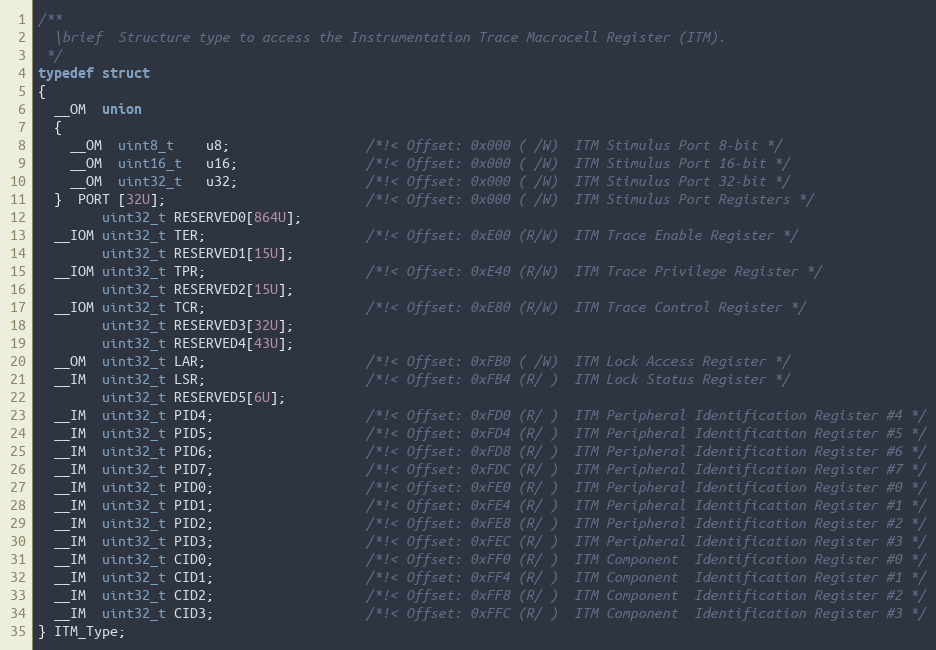
Language: C
/**
  \brief  Structure type to access the Instrumentation Trace Macrocell Register (ITM).
 */
typedef struct
{
  __OM  union
  {
    __OM  uint8_t    u8;                 /*!< Offset: 0x000 ( /W)  ITM Stimulus Port 8-bit */
    __OM  uint16_t   u16;                /*!< Offset: 0x000 ( /W)  ITM Stimulus Port 16-bit */
    __OM  uint32_t   u32;                /*!< Offset: 0x000 ( /W)  ITM Stimulus Port 32-bit */
  }  PORT [32U];                         /*!< Offset: 0x000 ( /W)  ITM Stimulus Port Registers */
        uint32_t RESERVED0[864U];
  __IOM uint32_t TER;                    /*!< Offset: 0xE00 (R/W)  ITM Trace Enable Register */
        uint32_t RESERVED1[15U];
  __IOM uint32_t TPR;                    /*!< Offset: 0xE40 (R/W)  ITM Trace Privilege Register */
        uint32_t RESERVED2[15U];
  __IOM uint32_t TCR;                    /*!< Offset: 0xE80 (R/W)  ITM Trace Control Register */
        uint32_t RESERVED3[32U];
        uint32_t RESERVED4[43U];
  __OM  uint32_t LAR;                    /*!< Offset: 0xFB0 ( /W)  ITM Lock Access Register */
  __IM  uint32_t LSR;                    /*!< Offset: 0xFB4 (R/ )  ITM Lock Status Register */
        uint32_t RESERVED5[6U];
  __IM  uint32_t PID4;                   /*!< Offset: 0xFD0 (R/ )  ITM Peripheral Identification Register #4 */
  __IM  uint32_t PID5;                   /*!< Offset: 0xFD4 (R/ )  ITM Peripheral Identification Register #5 */
  __IM  uint32_t PID6;                   /*!< Offset: 0xFD8 (R/ )  ITM Peripheral Identification Register #6 */
  __IM  uint32_t PID7;                   /*!< Offset: 0xFDC (R/ )  ITM Peripheral Identification Register #7 */
  __IM  uint32_t PID0;                   /*!< Offset: 0xFE0 (R/ )  ITM Peripheral Identification Register #0 */
  __IM  uint32_t PID1;                   /*!< Offset: 0xFE4 (R/ )  ITM Peripheral Identification Register #1 */
  __IM  uint32_t PID2;                   /*!< Offset: 0xFE8 (R/ )  ITM Peripheral Identification Register #2 */
  __IM  uint32_t PID3;                   /*!< Offset: 0xFEC (R/ )  ITM Peripheral Identification Register #3 */
  __IM  uint32_t CID0;                   /*!< Offset: 0xFF0 (R/ )  ITM Component  Identification Register #0 */
  __IM  uint32_t CID1;                   /*!< Offset: 0xFF4 (R/ )  ITM Component  Identification Register #1 */
  __IM  uint32_t CID2;                   /*!< Offset: 0xFF8 (R/ )  ITM Component  Identification Register #2 */
  __IM  uint32_t CID3;                   /*!< Offset: 0xFFC (R/ )  ITM Component  Identification Register #3 */
} ITM_Type;